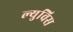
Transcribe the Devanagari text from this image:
ल्युविस